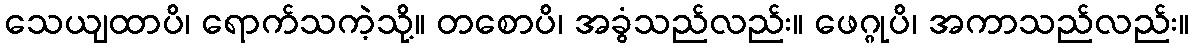
သေယျထာပိ၊ ရောက်သကဲ့သို့။ တစောပိ၊ အခွံသည်လည်း။ ဖေဂ္ဂုပိ၊ အကာသည်လည်း။